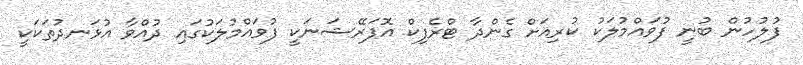
ފުލުހުން ބުނީ ފުވައްމުލަކު ކުރިއަށް ގެންދާ ޓްރެފިކް އޮޕަރޭޝަނަކީ ފުވައްމުލަކުގައި ދުއްވާ އުޅަނދުތަކަކީ